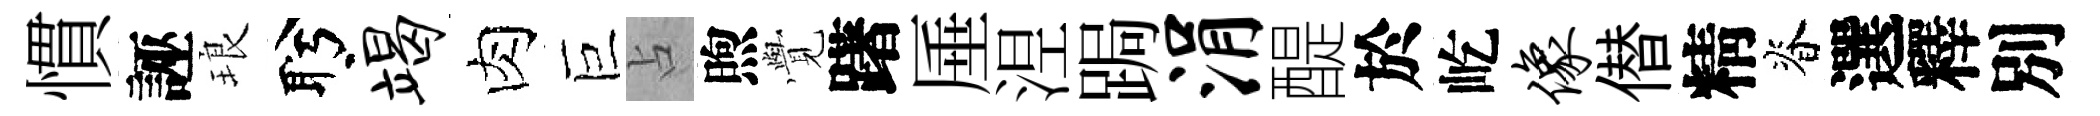
慣誣琅盻竭肉巨占煦𮗜躇厜𣵀跼涓醍於屹像僣精脊選釋別